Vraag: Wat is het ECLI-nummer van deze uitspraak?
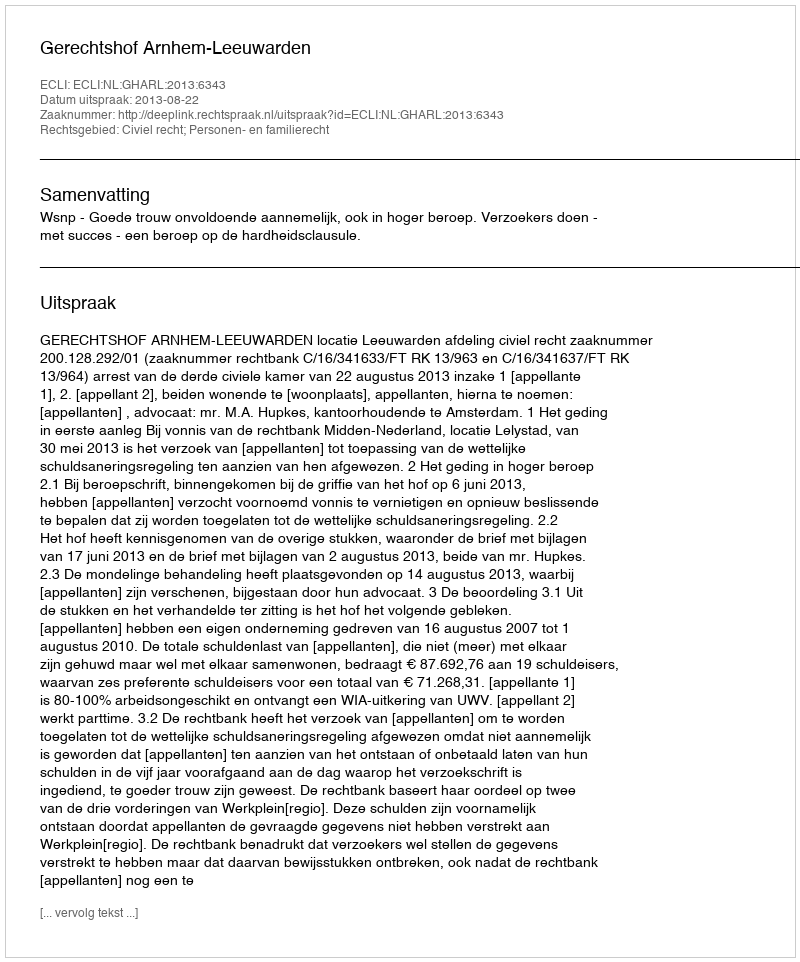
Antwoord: ECLI:NL:GHARL:2013:6343